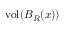
\operatorname { v o l } ( B _ { R } ( x ) )